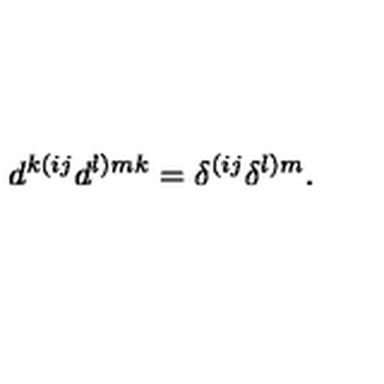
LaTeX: d ^ { k ( i j } d ^ { l ) m k } = \delta ^ { ( i j } \delta ^ { l ) m } .